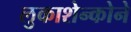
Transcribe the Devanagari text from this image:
लुकाशेन्कोने